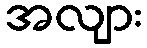
အလျား